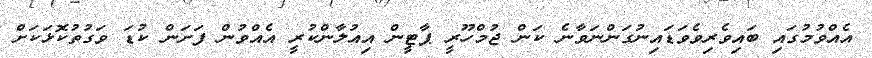
އެއްވުމުގައި ބައިވެރިވެވަޑައިނުގަންނަވާނެ ކަން ޖުމްހޫރީ ޕާޓީން އިއުލާންކުރީ އެއްވުން ފަށަން ކުޑަ ވަގުތުކޮޅަކަށް